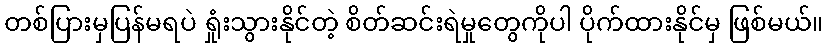
တစ်ပြားမှပြန်မရပဲ ရှုံးသွားနိုင်တဲ့ စိတ်ဆင်းရဲမှုတွေကိုပါ ပိုက်ထားနိုင်မှ ဖြစ်မယ်။